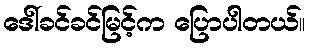
ဒေါ်ခင်ခင်မြင့်က ပြောပါတယ်။